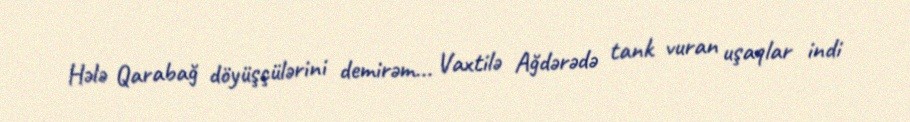
Hələ Qarabağ döyüşçülərini demirəm... Vaxtilə Ağdərədə tank vuran uşaqlar indi